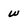
Character: w